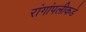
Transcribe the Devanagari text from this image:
रांगांपलीकडे